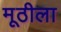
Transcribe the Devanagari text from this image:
मूठीला